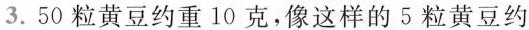
3.50粒黄豆约重10克，像这样的5粒黄豆约